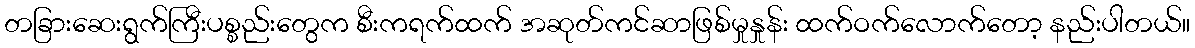
တခြားဆေးရွက်ကြီးပစ္စည်းတွေက စီးကရက်ထက် အဆုတ်ကင်ဆာဖြစ်မှုနှုန်း ထက်ဝက်လောက်တော့ နည်းပါတယ်။